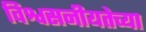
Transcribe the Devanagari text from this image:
विश्वसनीयतेच्या